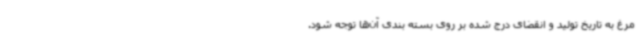
مرغ به تاریخ تولید و انقضای درج شده بر روی بسته بندی آن‌ها توجه شود.